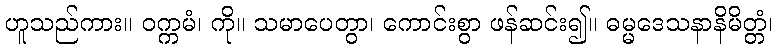
ဟူသည်ကား။ ဝက္ကမံ၊ ကို။ သမာပေတွာ၊ ကောင်းစွာ ဖန်ဆင်း၍။ ဓမ္မဒေသနာနိမိတ္တံ၊